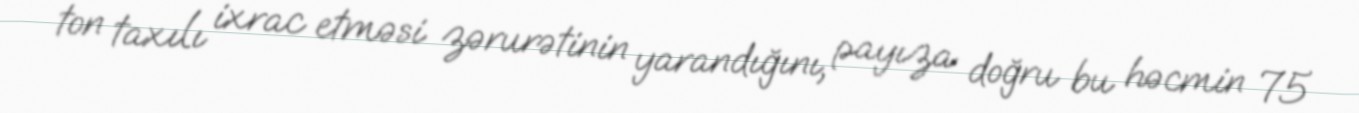
ton taxılı ixrac etməsi zərurətinin yarandığını, payıza doğru bu həcmin 75